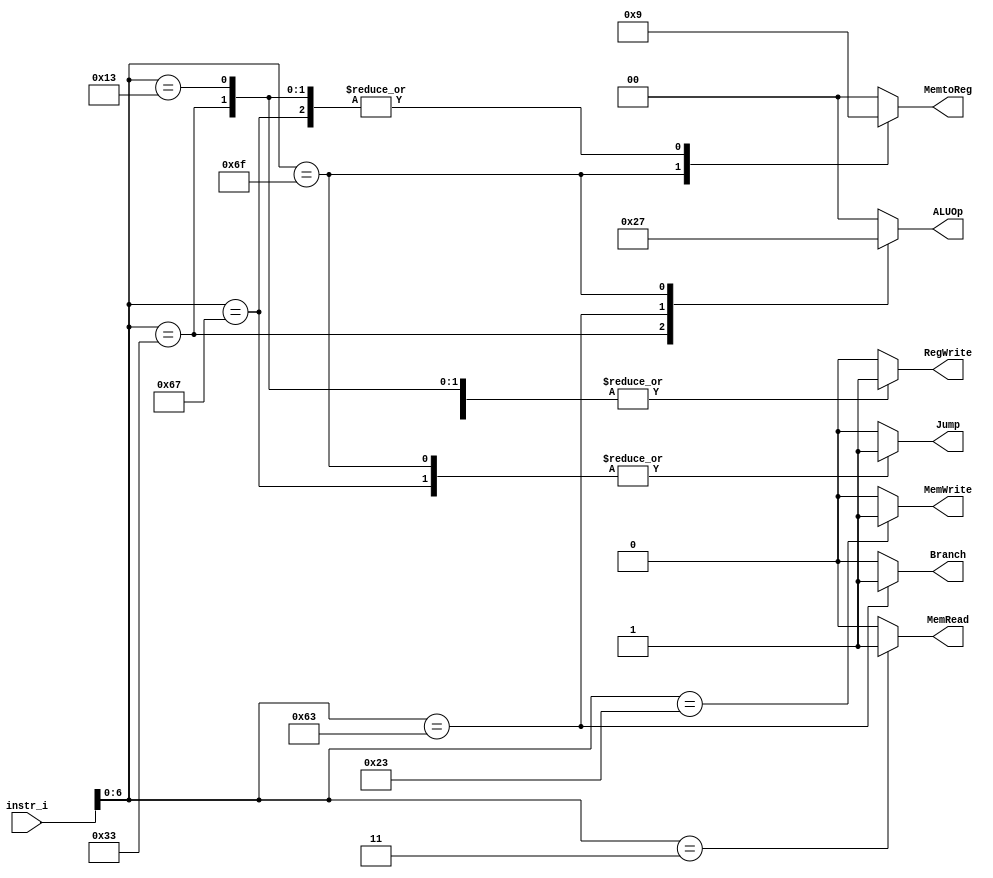
`timescale 1ns/1ps

module Decoder(
    input [31:0] instr_i,
    output reg Branch,
    output reg RegWrite,
    output reg [1:0] ALUOp,
    output reg MemRead,
    output reg MemWrite,
    output reg [1:0] MemtoReg,
    output reg Jump
);

    wire [6:0] opcode ; 
    assign opcode = instr_i[6:0] ; 

    always@(*)begin
        case(opcode)
            7'b0110011: begin // Rtype
                Branch = 1'b0 ; 
                RegWrite = 1'b1 ; 
                ALUOp = 2'b10 ; 
                MemRead = 1'b0 ; 
                MemWrite = 1'b0 ; 
                MemtoReg = 2'b01 ; // choose alu result
                Jump = 1'b0 ; 
            end
            7'b0010011: begin // Itype
                Branch = 1'b0 ; 
                RegWrite = 1'b1 ; 
                ALUOp = 2'b00 ; 
                MemRead = 1'b0 ; 
                MemWrite = 1'b0 ; 
                MemtoReg = 2'b01 ; // choose alu result
                Jump = 1'b0 ;
            end
            7'b0000011: begin // Itype but load related
                Branch = 1'b0 ; 
                RegWrite = 1'b1 ; 
                ALUOp = 2'b00 ; 
                MemRead = 1'b1 ; 
                MemWrite = 1'b0 ; 
                MemtoReg = 2'b00 ; // choose memory result
                Jump = 1'b0 ;
            end
            7'b0100011: begin // Stype
                Branch = 1'b0 ; 
                RegWrite = 1'b0 ; 
                ALUOp = 2'b00 ; 
                MemRead = 1'b0 ; 
                MemWrite = 1'b1 ; 
                MemtoReg = 2'b00 ; // x (don't care)
                Jump = 1'b0 ;
            end
            7'b1100011: begin // Btype
                Branch = 1'b1 ; 
                RegWrite = 1'b0 ; 
                ALUOp = 2'b01 ; 
                MemRead = 1'b0 ; 
                MemWrite = 1'b0 ; 
                MemtoReg = 2'b00 ; // x
                Jump = 1'b0 ;
            end
            7'b1101111: begin // jal, Jtype
                Branch = 1'b0 ; 
                RegWrite = 1'b1 ; 
                ALUOp = 2'b11 ; 
                MemRead = 1'b0 ; 
                MemWrite = 1'b0 ; 
                MemtoReg = 2'b10 ; // choose pc+4 result
                Jump = 1'b1 ;
            end
            7'b1100111: begin // jalr, Itype
                Branch = 1'b0 ; 
                RegWrite = 1'b1 ; 
                ALUOp = 2'b00 ; 
                MemRead = 1'b0 ; 
                MemWrite = 1'b0 ; 
                MemtoReg = 2'b01 ; // choose alu result
                Jump = 1'b1 ;
            end
            default: begin // nop
                Branch = 1'b0 ; 
                RegWrite = 1'b0 ; 
                ALUOp = 2'b00 ; 
                MemRead = 1'b0 ; 
                MemWrite = 1'b0 ; 
                MemtoReg = 2'b00 ; // x
                Jump = 1'b0 ;
            end
        endcase
    end
endmodule